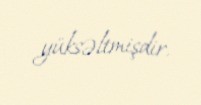
yüksəltmişdir.